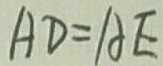
A D = A E